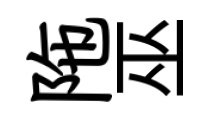
陁巫